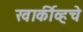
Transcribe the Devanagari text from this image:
खार्कीव्हचे